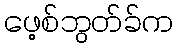
ဖေ့စ်ဘွတ်ခ်က